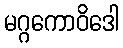
မဂ္ဂကောဝိဒေါ